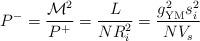
LaTeX: \begin{align*}P^- = \frac{\mathcal{M}^2}{P^+} = \frac{L}{N R^2_i} = \frac{g_{\rm YM}^2 s^2_i}{N V_s}\end{align*}